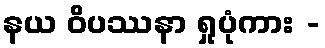
နယ ဝိပဿနာ ရှုပုံကား -